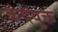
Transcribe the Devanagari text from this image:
कंदयुक्त